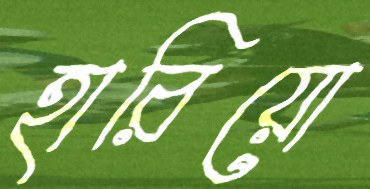
হারিয়ো